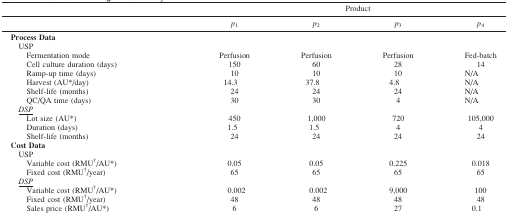
|  |  | <COLSPAN=4> Product |
 | <COLSPAN=2>  | p1 | p2 | p3 | p4 |
 | --- | --- | --- | --- | --- | --- |
 | <COLSPAN=2> Process Data |  |  |  |  |
 | <COLSPAN=2> USP |  |  |  |  |
 | <COLSPAN=2> Fermentation mode | Perfusion | Perfusion | Perfusion | Fed-batch |
 | <COLSPAN=2> Cell culture duration (days) | 150 | 60 | 28 | 14 |
 | <COLSPAN=2> Ramp-up time (days) | 10 | 10 | 10 | N/A |
 | <COLSPAN=2> Harvest (AU*/day) | 14.3 | 37.8 | 4.8 | N/A |
 | <COLSPAN=2> Shelf-life (months) | 24 | 24 | 24 | N/A |
 | <COLSPAN=2> QC/QA time (days) | 30 | 30 | 4 | N/A |
 | <COLSPAN=2> DSP |  |  |  |  |
 | <COLSPAN=2> Lot size (AU*) | 450 | 1,000 | 720 | 105,000 |
 | <COLSPAN=2> Duration (days) | 1.5 | 1.5 | 4 | 4 |
 | <COLSPAN=2> Shelf-life (months) | 24 | 24 | 24 | 24 |
 | <COLSPAN=2> Cost Data |  |  |  |  |
 | <COLSPAN=2> USP |  |  |  |  |
 | <COLSPAN=2> Variable cost (RMU†/AU*) | 0.05 | 0.05 | 0.225 | 0.018 |
 | <COLSPAN=2> Fixed cost (RMU†/year) | 65 | 65 | 65 | 65 |
 | <COLSPAN=2> DSP |  |  |  |  |
 | <COLSPAN=2> Variable cost (RMU†/AU*) | 0.002 | 0.002 | 9,000 | 100 |
 | <COLSPAN=2> Fixed cost (RMU†/year) | 48 | 48 | 48 | 48 |
 | <COLSPAN=2> Sales price (RMU†/AU*) | 6 | 6 | 27 | 0.1 |